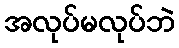
အလုပ်မလုပ်ဘဲ